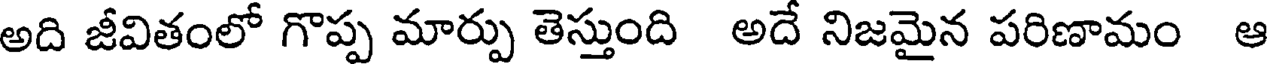
అది జీవితంలో గొప్ప మార్పు తెస్తుంది అదే నిజమైన పరిణామం ఆ